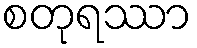
စတုရဿာ